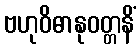
ဗဟုဝိဓာနုဝတ္တနိံ